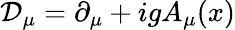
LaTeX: {\cal D}_{\mu}=\partial_{\mu}+igA_{\mu}(x)